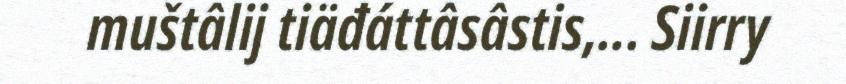
muštâlij tiäđáttâsâstis,... Siirry